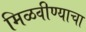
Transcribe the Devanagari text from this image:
मिळवीण्याचा